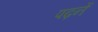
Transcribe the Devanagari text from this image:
पढ़नें